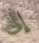
إلى